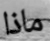
ماذا